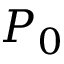
P _ { 0 }